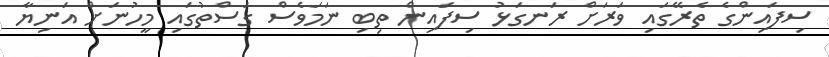
ސިފައިންގެ ތެރޭގައި ވަރަށް ރަނގަޅު ސިފައިން ތިބި ނަމަވެސް ގަސްތުގައި މީހުނަށް އަނިޔާ